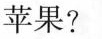
苹果?